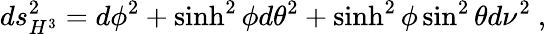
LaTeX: ds_{H^{3}}^{2}=d\phi^{2}+\sinh^{2}\phi d\theta^{2}+\sinh^{2}\phi\sin^{2}\theta d\nu^{2}\ ,